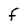
Character: F